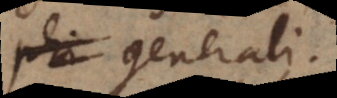
phi generali.